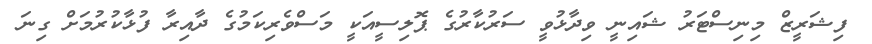
ފިޝަރީޒް މިނިސްޓަރު ޝައިނީ ވިދާޅުވީ ސަރުކާރުގެ ޕޮލިސީއަކީ މަސްވެރިކަމުގެ ދާއިރާ ފުޅާކުރުމަށް ގިނަ